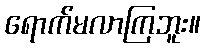
ရောက်မလာကြဘူး။